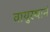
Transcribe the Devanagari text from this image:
वायुस्थानं